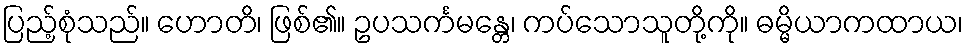
ပြည့်စုံသည်။ ဟောတိ၊ ဖြစ်၏။ ဥပသင်္ကမန္တေ၊ ကပ်သောသူတို့ကို။ ဓမ္မိယာကထာယ၊